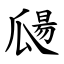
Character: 㼒